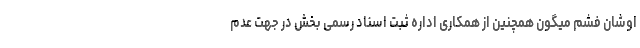
اوشان فشم میگون همچنین از همکاری اداره ثبت اسناد رسمی بخش در جهت عدم